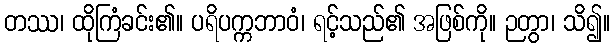
တဿ၊ ထိုကြံခင်း၏။ ပရိပက္ကဘာဝံ၊ ရင့်သည်၏ အဖြစ်ကို။ ဉတွာ၊ သိ၍။